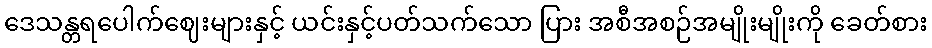
ဒေသန္တရပေါက်ဈေးများနှင့် ယင်းနှင့်ပတ်သက်သော ပြား အစီအစဉ်အမျိုးမျိုးကို ခေတ်စား